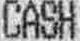
CASH